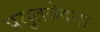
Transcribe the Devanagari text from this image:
प्रसुतवेदना